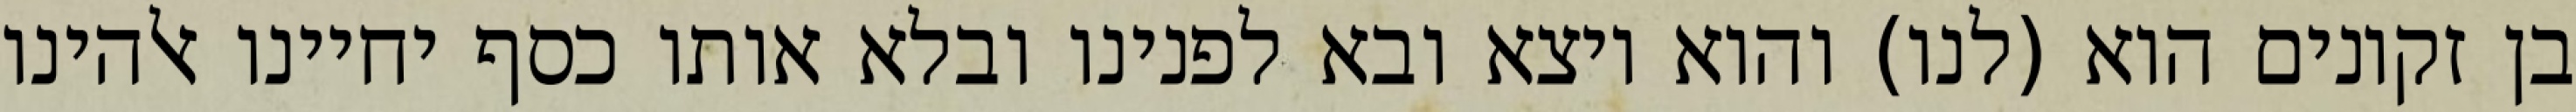
בן זקונים הוא (לנו) והוא יוצא ובא לפנינו ובלא אותו כסף יחיינו אלהינו